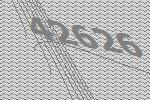
42626